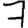
Digit: 7